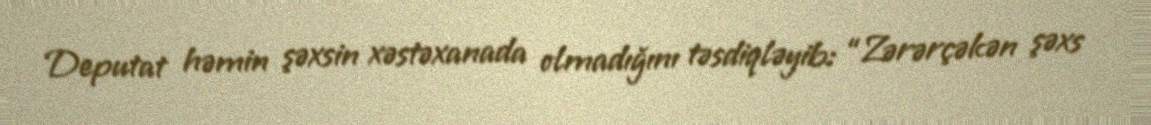
Deputat həmin şəxsin xəstəxanada olmadığını təsdiqləyib: “Zərərçəkən şəxs